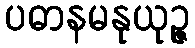
ပဓာနမနုယုဉ္ဇ